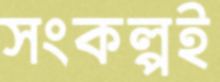
সংকল্পই